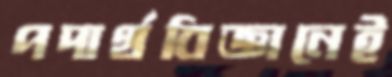
পদার্থবিজ্ঞানেই